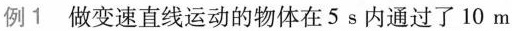
例1 做变速直线运动的物体在5s内通过了10m